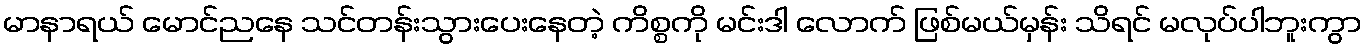
မာနာရယ် မောင်ညနေ သင်တန်းသွားပေးနေတဲ့ ကိစ္စကို မင်းဒါ လောက် ဖြစ်မယ်မှန်း သိရင် မလုပ်ပါဘူးကွာ